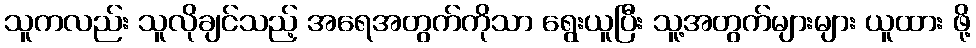
သူကလည်း သူလိုချင်သည့် အရေအတွက်ကိုသာ ရွေးယူပြီး သူ့အတွက်များများ ယူထား ဖို့